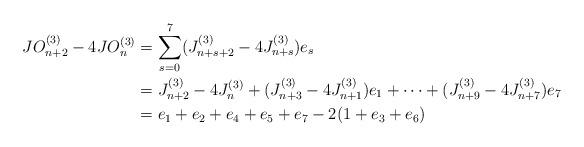
LaTeX: \begin{align*}JO_{n+2}^{(3)}-4JO_{n}^{(3)}&=\sum_{s=0}^{7}(J_{n+s+2}^{(3)}-4J_{n+s}^{(3)})e_{s}\\&=J_{n+2}^{(3)}-4J_{n}^{(3)}+(J_{n+3}^{(3)}-4J_{n+1}^{(3)})e_{1}+\cdots +(J_{n+9}^{(3)}-4J_{n+7}^{(3)})e_{7}\\&=e_{1}+e_{2}+e_{4}+e_{5}+e_{7}-2(1+e_{3}+e_{6})\end{align*}